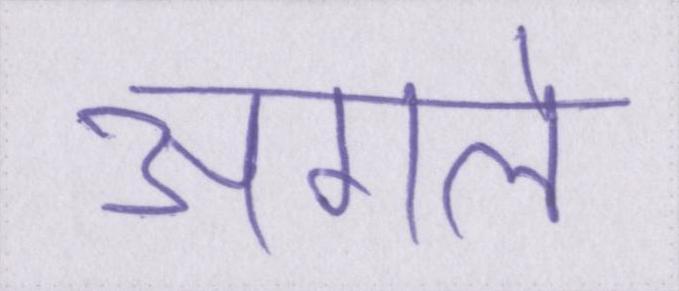
अगले